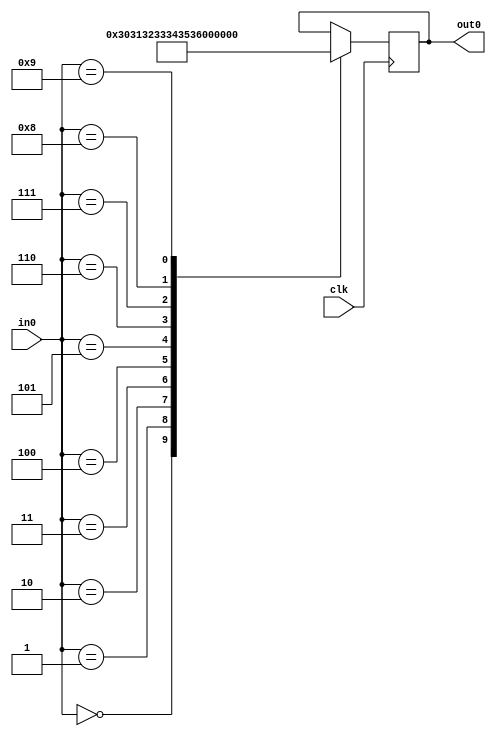
module ascii(
	input  [3:0]in0,
	input			clk,
	output reg [7:0]out0
);


	// convert binary to ascii
always @(posedge clk)
	case(in0)
	0: out0 <= "0";
	1: out0 <= "1";
	2: out0 <= "2";
	3: out0 <= "3";
	4: out0 <= "4";
	5: out0 <= "5";
	6: out0 <= "6";
	7: out0 <= "7";
	8: out0 <= "8";
	9: out0 <= "9";
	endcase
	
	endmodule